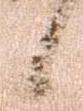
候